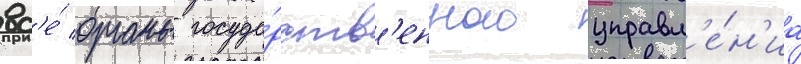
вс'е́ органы госуда́рств'енного управл'е́н'иа